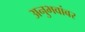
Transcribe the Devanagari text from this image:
अनुभवांबर